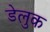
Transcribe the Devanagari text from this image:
डेलुक